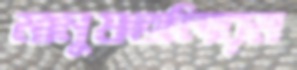
মানুষগুলিরম